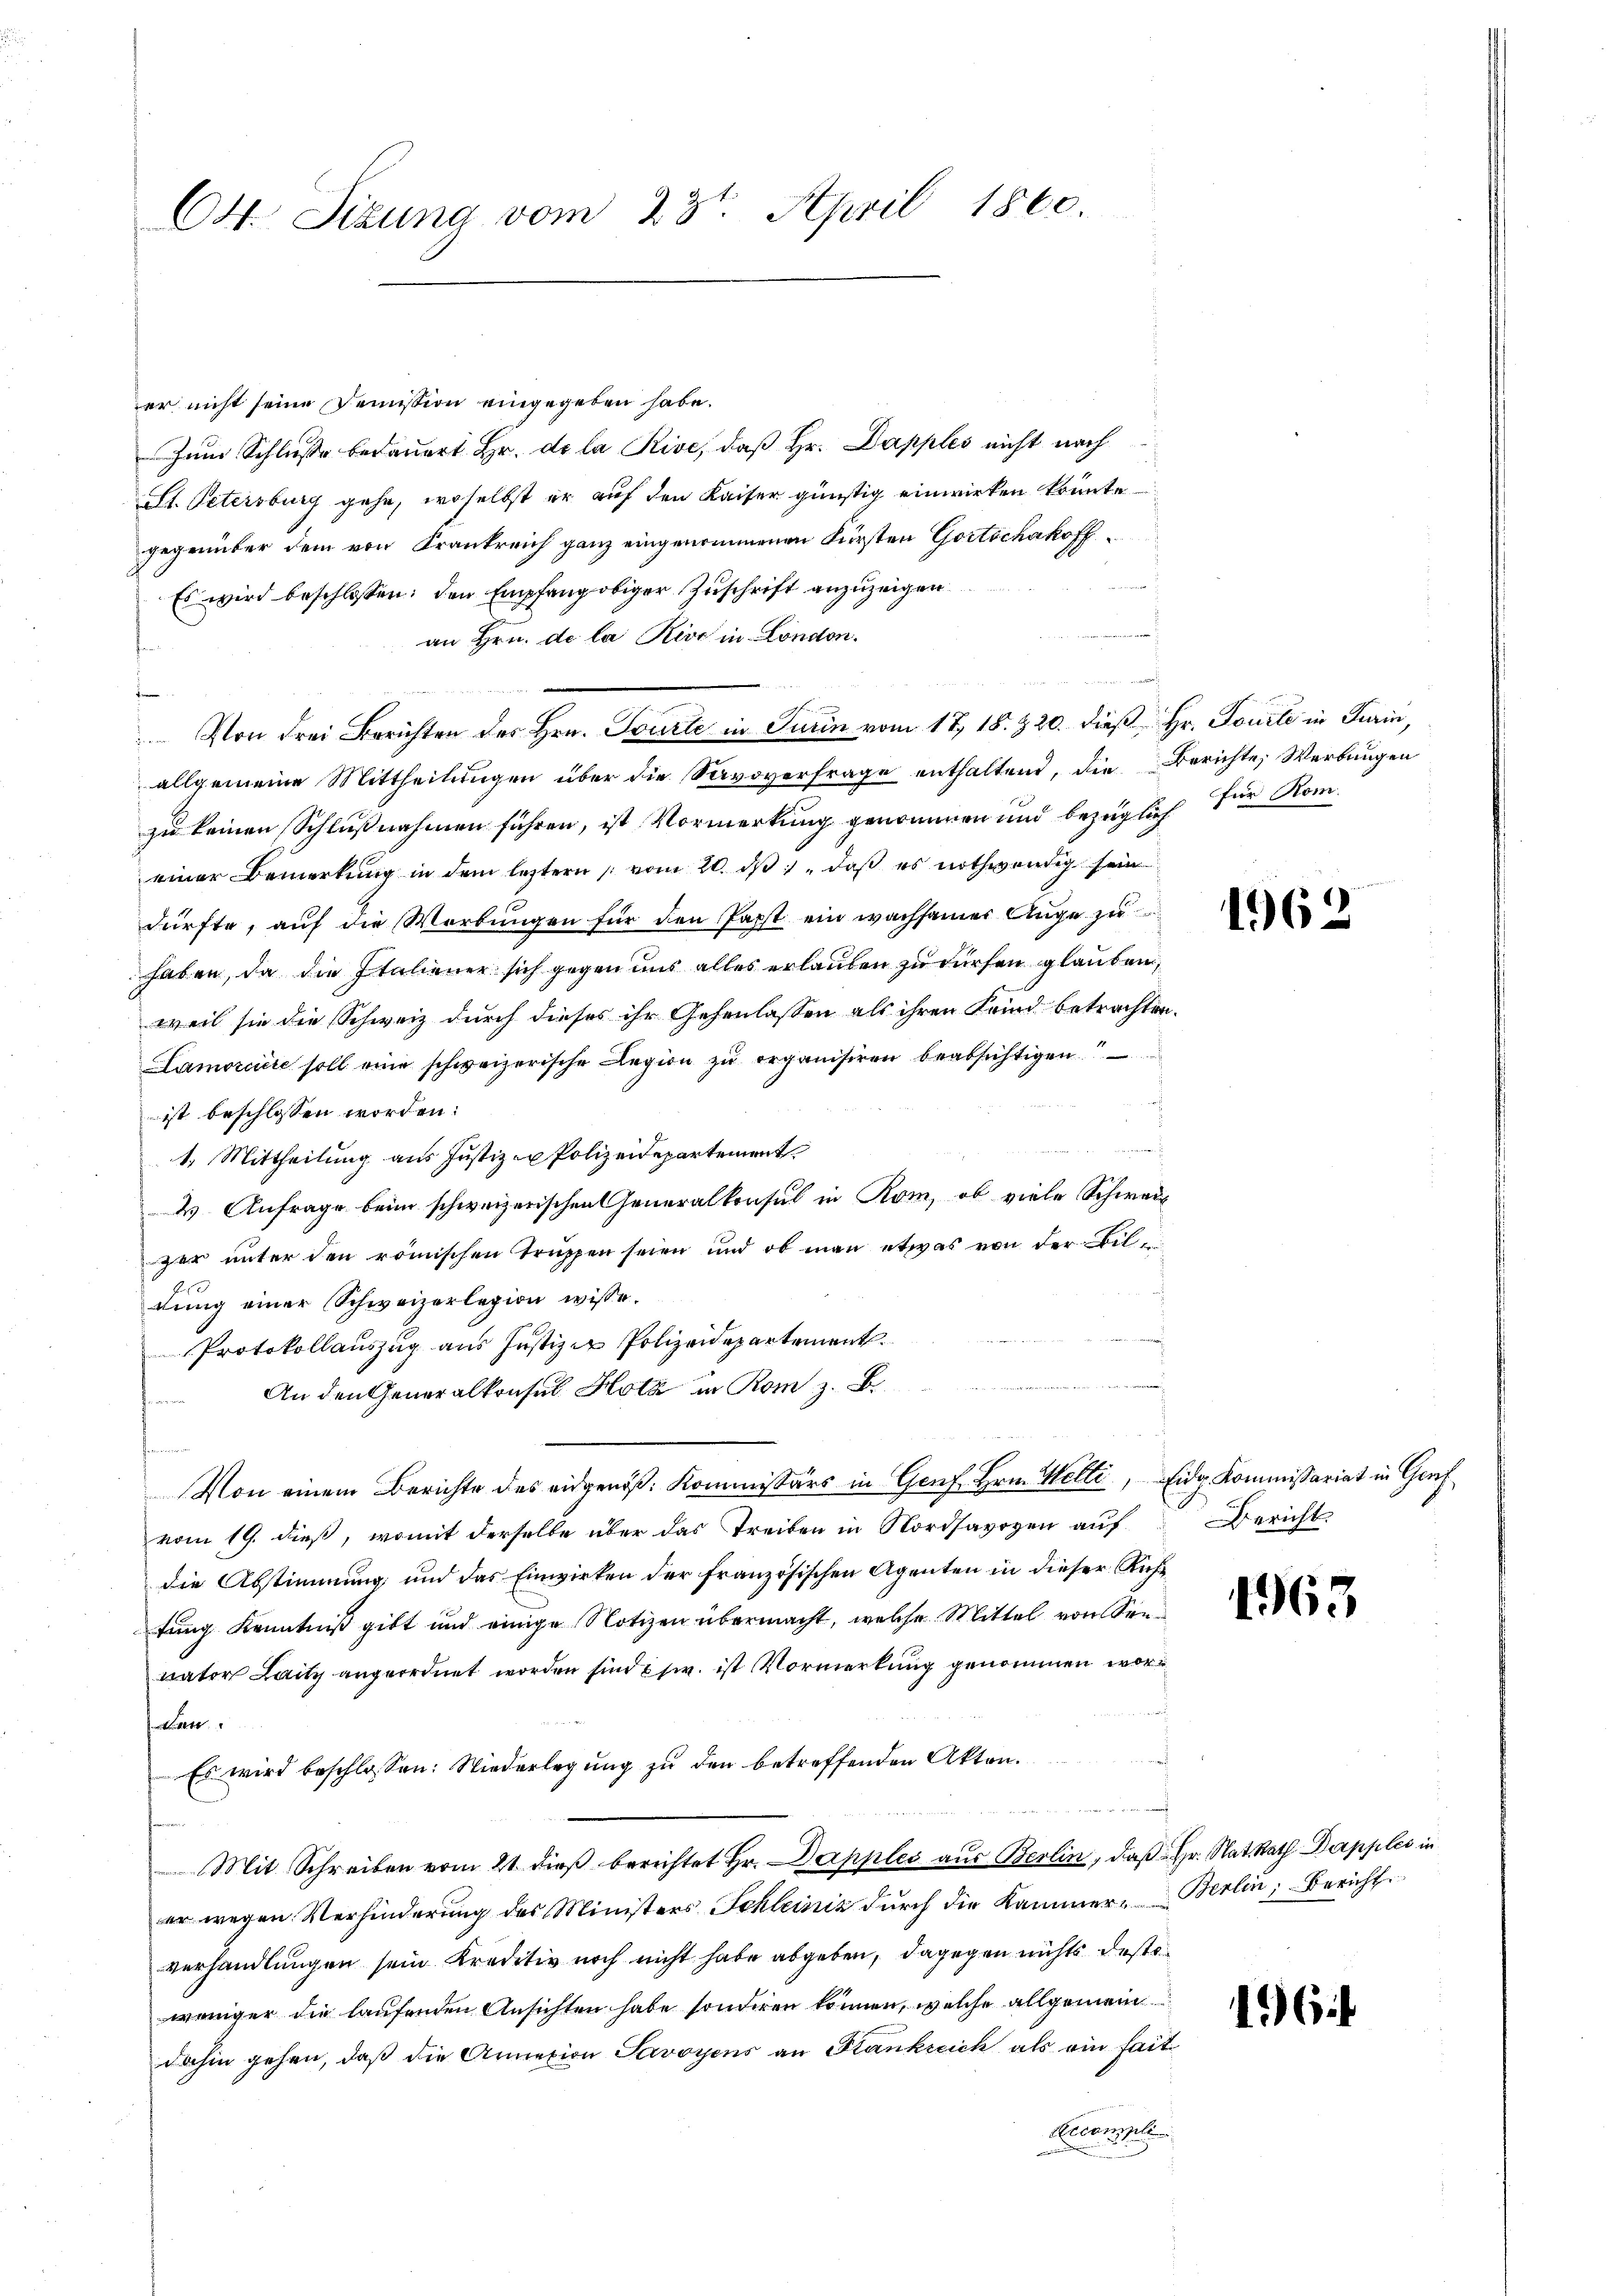
Ott. Sizung vom 23t April 1860.

er nicht seine Demission eingegeben habe.
Zum Schlusse bedauert Hr. de la Rive, daß Hr. Dapples nicht nach
Alt. Petersburg gehe, woselbst er auf den Kaiser günstig einwirken könnte.
gegenüber dem von Krankreich ganz eingenommenen Fürsten Gottschakoff¬
Es wird beschlossen: den Empfang obiger Zuschrift anzuzeigen
an Hrn. de la Réve in London.
Bien
 Von drei Berichten des Hrn. Tourte in Turin vom 17. 18. 320. dieß Hr. Tourli in Turin,
allgemeine Mittheilŭngen über die Savoverfrage enthaltend, die Berichte, Werbungen
zu keinen Schlußnahmen führen, ist Vormerkung genommen und bezüglich für Romeiner Bemerkŭng in dem letztern vom 20. dβ " daβ es nothwendig sein
dürfte, auf die Werbungen für den Papst ein wachsamer Auge zu
haben, da die Italiener sich gegen uns alles erlauben zu dürfen glauben,
weil sie die Schweiz durch dieses ihr Gehenlassen als ihren Feind betrachten.
Lamorciere soll eine schweizerische Legion zu organisiren beabsichtigen
ist beschlossen worden.
1. Mittheilung aus Justizen Polizeidepartement
V. Anfrage beim schweizerischen Generalkonsul in Rom, ob viele Schwarz
ger unter den römischen Truppen seien und ob man etwas von der Biltung einer Schweizerlegion wisse.
Protokollauszug aus Justiz- Polizeidepartement
.
An den Generalkonsul Hotz in Rom z. B.
s
Von einem Berichte des eidgenöß: Kommissärs in Genf Hrn. Welti, Eidg. Kommissariat in Genf
vom 19. dieß, womit derselbe über das Treiben in Nordsavoyen auf
die Abstimmung und das Einwirken der französischen Agenten in dieser Richtung Kenntniß gibt und einige Notizen übermacht, welche Mittel von Seevator Laitz angeordnet worden sind Ew. ist Vormerkung genommen wor¬
Man
Es wird beschlossen: Niederlegung zu den betreffenden Akten.
Mit Schreiben vom 21 dieβ berichtet Hr. Dapples aus Berlin, daß Hr. Rat. Rath Dappler in
er wegen Verhinderung des Ministers Schleiniz durch die Kammer-Berlin, Bericht
verhandlungen sein Kreditiv noch nicht habe abgeben, dagegen nichts deste
weniger die laufenden Ansichten habe sonderen können, welche allgemein
dahin gehen, daß die Armexion Savoyens an Stankreich als ein fait¬
Decompli

a

1962

Bericht.

1963

16